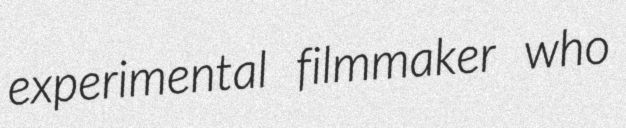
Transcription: experimental filmmaker who